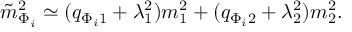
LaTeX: { \tilde { m } _ { \Phi _ { i } } } ^ { 2 } \simeq ( q _ { \Phi _ { i } 1 } + \lambda _ { 1 } ^ { 2 } ) m _ { 1 } ^ { 2 } + ( q _ { \Phi _ { i } 2 } + \lambda _ { 2 } ^ { 2 } ) m _ { 2 } ^ { 2 } .